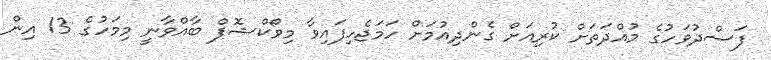
ފަސްދުވަހުގެ މުއްދަތަށް ކުރިއަށް ގެންދިއުމަށް ހަމަޖެހިފައިވާ މިވޯކްޝޮޕް ބާއްވާނީ މިމަހުގެ 13 އިން